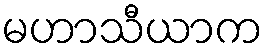
မဟာသီယာက